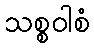
သစ္စဝါစံ